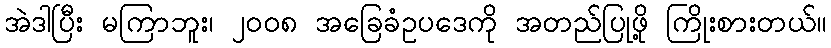
အဲဒါပြီး မကြာဘူး၊ ၂၀၀၈ အခြေခံဥပဒေကို အတည်ပြုဖို့ ကြိုးစားတယ်။